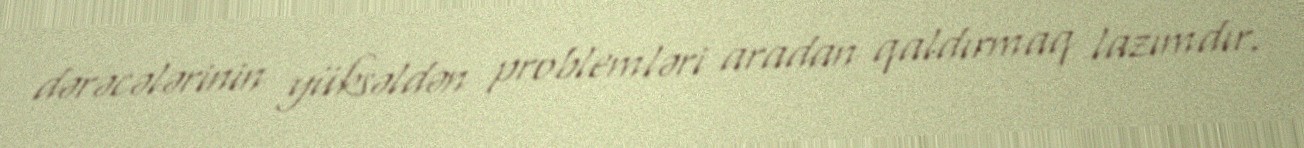
dərəcələrinin yüksəldən problemləri aradan qaldırmaq lazımdır.